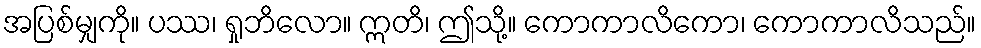
အပြစ်မျှကို။ ပဿ၊ ရှုဘိလော။ ဣတိ၊ ဤသို့။ ကောကာလိကော၊ ကောကာလိသည်။